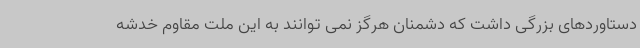
دستاوردهای بزرگی داشت که دشمنان هرگز نمی توانند به این ملت مقاوم خدشه